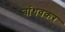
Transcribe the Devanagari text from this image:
बांधवकर